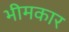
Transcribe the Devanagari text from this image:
भीमकार